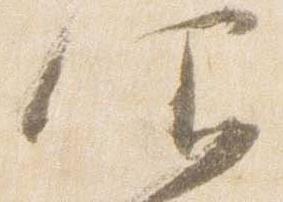
仰